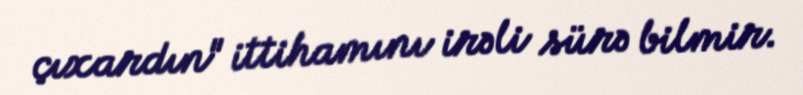
çıxardın" ittihamını irəli sürə bilmir.